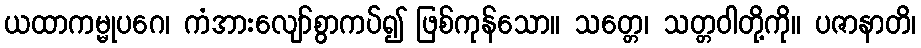
ယထာကမ္မုပဂေ၊ ကံအားလျော်စွာကပ်၍ ဖြစ်ကုန်သော။ သတ္တေ၊ သတ္တဝါတို့ကို။ ပဇာနာတိ၊